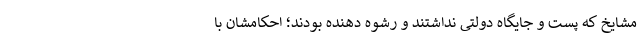
مشایخ که پست و جایگاه دولتی نداشتند و رشوه دهنده بودند؛ احکامشان با